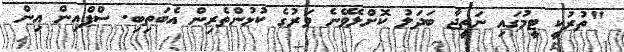
"ތުރުކީ ޓީމުގައި ނަތީޖާ ބަދަލު ކޮށްލެވޭނެ ވަރުގެ ކުޅުންތެރިން އެބަތިބި. ސްޕްއިން އިން